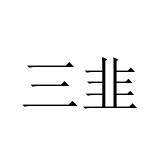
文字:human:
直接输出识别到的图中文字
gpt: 三韭